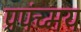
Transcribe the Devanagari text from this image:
प्रपंच्मय